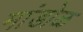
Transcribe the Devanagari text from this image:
मांडोळ